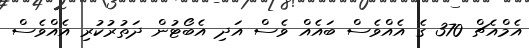
އެމްއެޗް 370 ގެ އެއްވެސް ބައެއް ވެސް އަދި އެބޯޓުން ދަތުރުކުރި އެއްވެސް